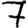
Digit: 7